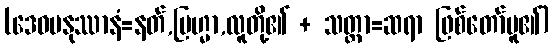
(ဒေဝမနုဿာနံ=နတ်,ဗြဟ္မာ,လူတို့၏ + သတ္ထာ=ဆရာ ဖြစ်တော်မူ၏)